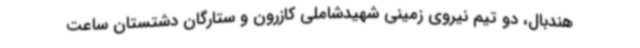
هندبال، دو تیم نیروی زمینی شهیدشاملی کازرون و ستارگان دشتستان ساعت